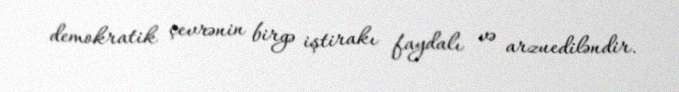
demokratik çevrənin birgə iştirakı faydalı və arzuediləndir.